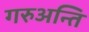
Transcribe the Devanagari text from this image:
गरुअन्ति